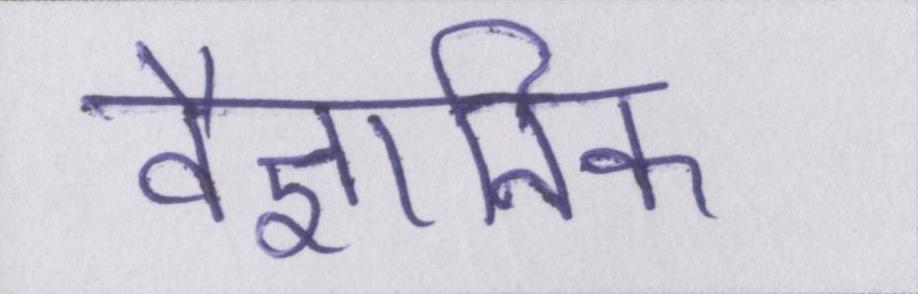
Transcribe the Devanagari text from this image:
वैज्ञानिक